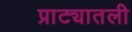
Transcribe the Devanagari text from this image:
प्राट्यातली